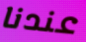
عندنا